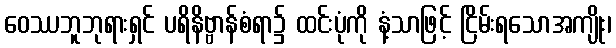
ဝေဿဘူဘုရားရှင် ပရိနိဗ္ဗာန်စံရာ၌ ထင်းပုံကို နံ့သာဖြင့် ငြိမ်းရသောအကျိုး၊